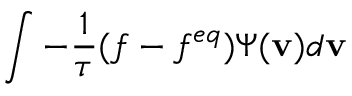
\int - \frac { 1 } { \tau } ( f - f ^ { e q } ) \Psi ( \mathbf { v } ) d \mathbf { v }